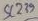
Text: SC239